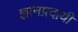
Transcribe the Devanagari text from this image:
ज्ञानप्रदायी